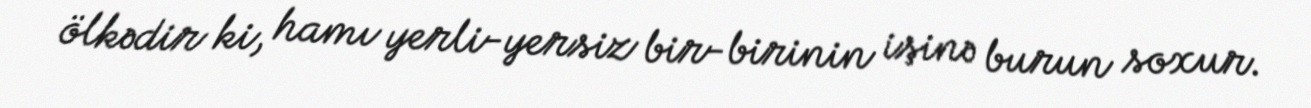
ölkədir ki, hamı yerli-yersiz bir-birinin işinə burun soxur.